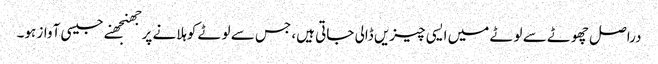
دراصل چھوٹے سے لوٹے میں ایسی چیزیں ڈالی جاتی ہیں، جس سے لوٹے کوہلانے پرجھنجھنے جیسی آواز ہو۔